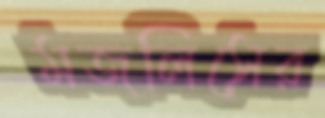
মজলিসের